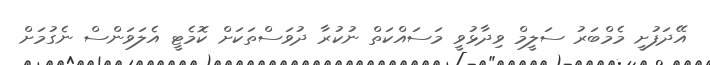
އޭދަފުށީ މެމްބަރު ސަލީމް ވިދާޅުވީ މަސައްކަތް ނުކުރާ ދުވަސްތަކަށް ކޮމެޓީ އެލަވަންސް ނެގުމަށް